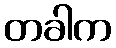
တခါက